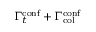
\Gamma _ { t } ^ { \mathrm { c o n f } } + \Gamma _ { \mathrm { c o l } } ^ { \mathrm { c o n f } }